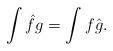
LaTeX: \begin{align*}{\displaystyle\int \hat{f}g=\int f\hat{g}}.\end{align*}